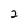
Character: 2